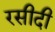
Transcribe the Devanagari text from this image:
रसीदी